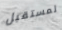
لمستقبل